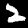
Label: 2